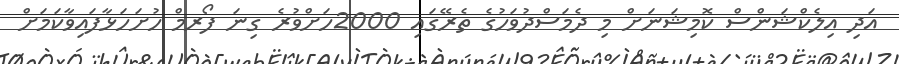
އަދި އިލެކްޝަންސް ކޮމިޝަނަށް މި ދެމަސްދުވަހުގެ ތެރޭގައި 2000ހަށްވުރެ ގިނަ ފޯރމް ހުށަހަޅާފައިވާކަމަށް